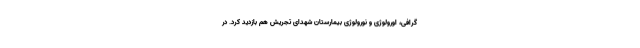
گرافی، اورولوژی و نورولوژی بیمارستان شهدای تجریش هم بازدید کرد. در